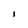
Character: 1